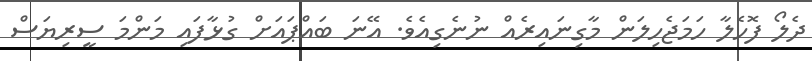
ދެލޯ ފޮހެލާ ހަމަޖެހިލަން މާގިނައިރެއް ނުނެގިއެވެ. އޭނަ ބައްޕައަށް ގުޅާފައި މަންމަ ސީރިޔަސް